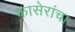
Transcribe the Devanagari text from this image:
कासेरांचा